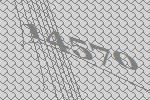
14570